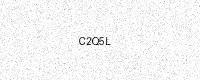
Text: C2Q5L